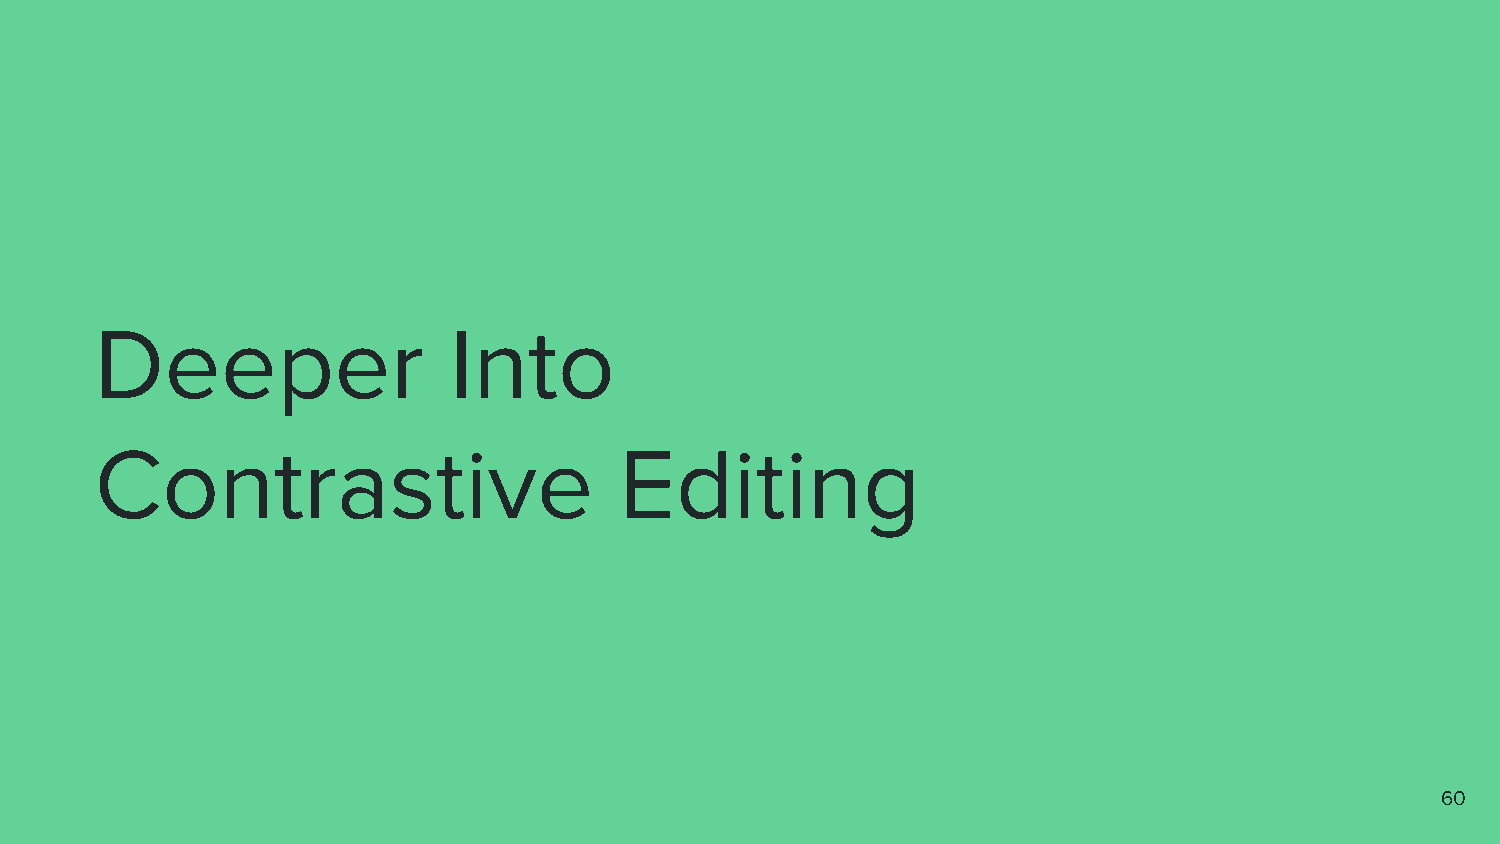
Deeper                  Into
 Contrastive                        Editing
 60